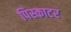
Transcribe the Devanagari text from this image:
पिस्काटर